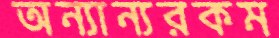
অন্যান্যরকম